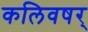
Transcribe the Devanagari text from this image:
कलिवषर्